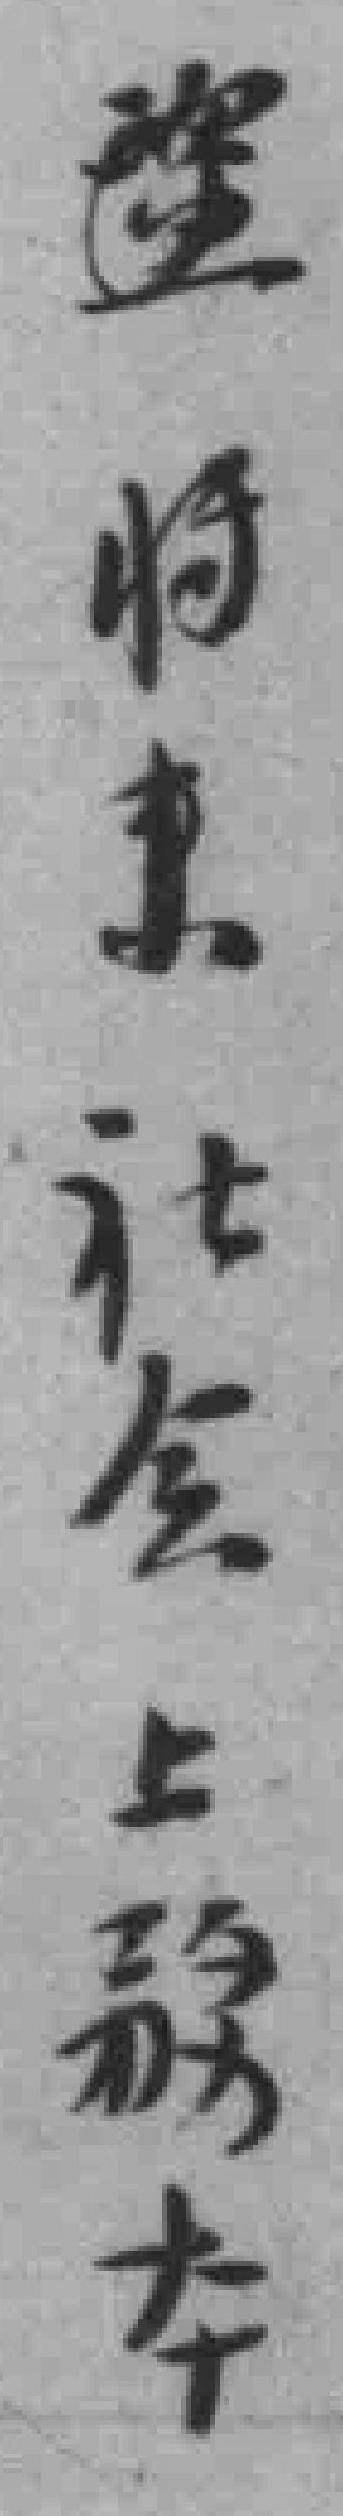
*将来社会上務本